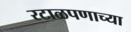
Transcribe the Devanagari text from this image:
रटाळपणाच्या